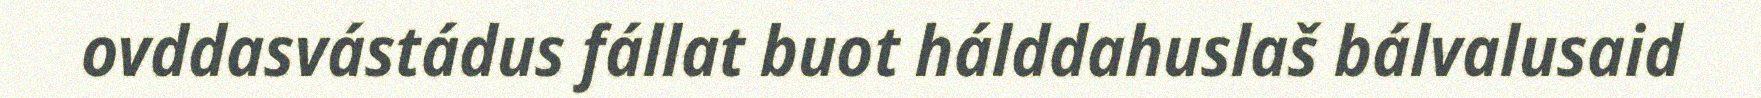
ovddasvástádus fállat buot hálddahuslaš bálvalusaid